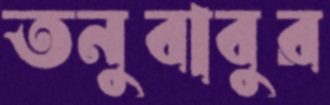
তনুবাবুর